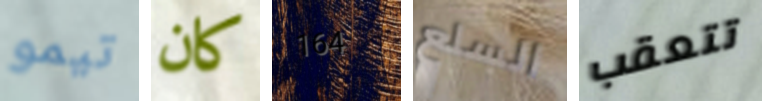
تيمو كان 164 السلع تتعقب